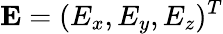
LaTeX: \mathbf{E}=(E_{x},E_{y},E_{z})^{T}